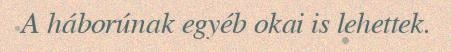
A háborúnak egyéb okai is lehettek.